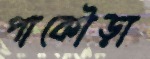
পাকৌড়া